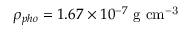
\rho _ { p h o } = 1 . 6 7 \times 1 0 ^ { - 7 } \ \mathrm { g \ c m ^ { - 3 } }